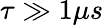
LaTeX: \tau\gg 1\mu s